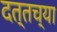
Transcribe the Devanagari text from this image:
दत्तच्या